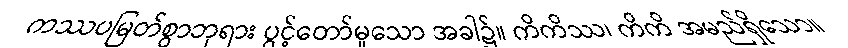
ကဿပမြတ်စွာဘုရား ပွင့်တော်မူသော အခါ၌။ ကိကိဿ၊ ကိကိ အမည်ရှိသော။